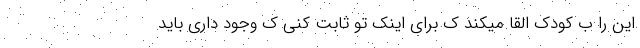
این را ب کودک القا میکند ک برای اینک تو ثابت کنی ک وجود داری باید